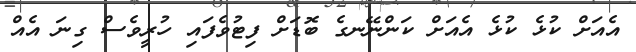
އެއަށް ކުޅެ ކުޅެ އެއަށް ކަންނޭނގެ ބޮޑަށް ފިޓުވެފައި ހުރީވެސް ގިނަ އެއް